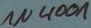
Text: 1N4001